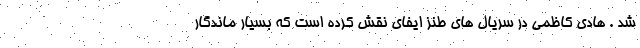
شد . هادی کاظمی در سریال های طنز ایفای نقش کرده است که بسیار ماندگار